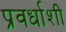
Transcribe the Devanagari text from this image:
प्रवर्धाशी